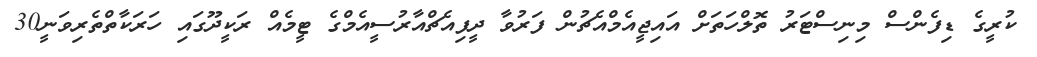
ކުރީގެ ޑިފެންސް މިނިސްޓަރު ތޮލްހަތަށް އައިޖީއެމްއެޗުން ފަރުވާ ދީފިއެޗްއާރުސީއެމްގެ ޓީމެއް ރަކީދޫގައި ހަރަކާތްތެރިވަނީ30